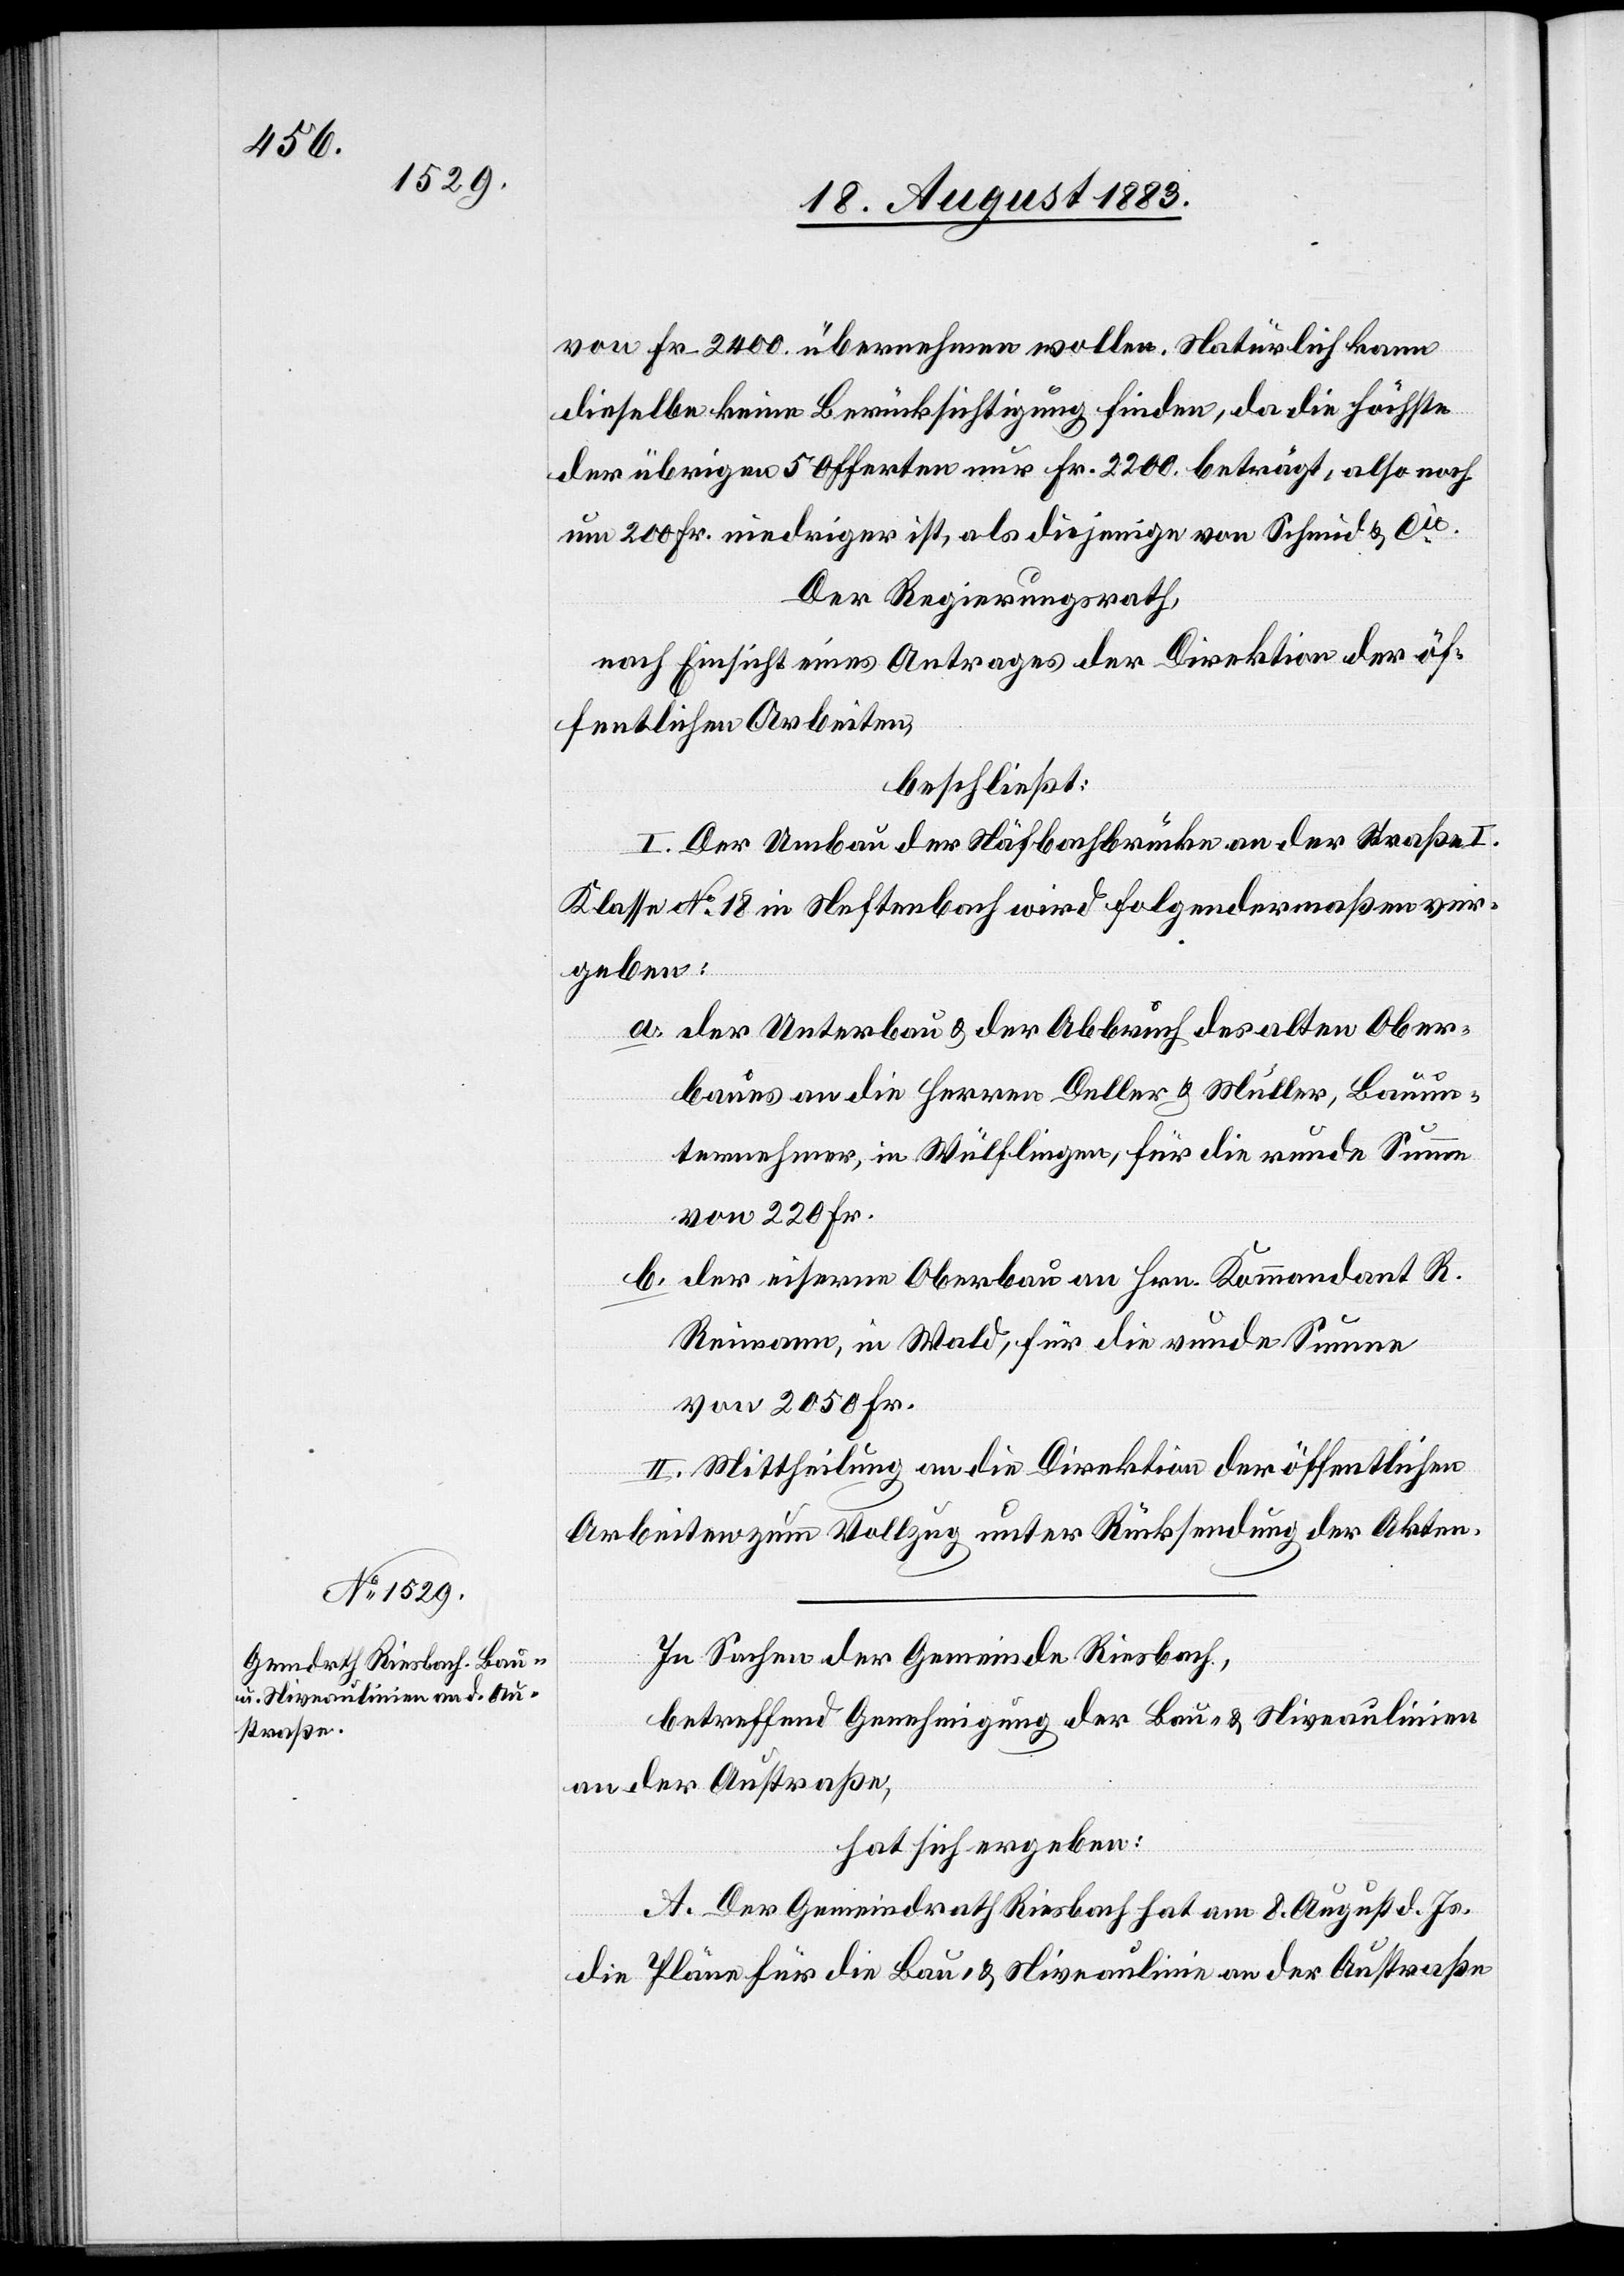
von Fr. 2400 übernehmen wolle. Natürlich kann
dieselbe keine Berücksichtigung finden, da die höchste
der übrigen 5 Offerten nur Fr. 2200 beträgt, also noch
um 200 Fr. niedriger ist, als diejenige von Schmid & Cie.
Der Regierungsrath,
nach Einsicht eines Antrages der Direktion der öf¬
fentlichen Arbeiten,
beschließt:
I. Der Umbau der Näfbachbrücke an der Straße I.
Klasse No 18 in Neftenbach wird folgendermaßen ver¬
geben:
a. der Unterbau & der Abbruch des alten Ober¬
baues an die Herren Deller & Müller, Bauun¬
ternehmer, in Wülflingen, für die runde Summe
von 220 Fr.
b. der eiserne Oberbau an Hrn. Kommandant R.
Reimann, in Wald, für die runde Summe
von 2050 Fr.
II. Mittheilung an die Direktion der öffentlichen
Arbeiten zum Vollzug unter Rücksendung der Akten.
In Sachen der Gemeinde Riesbach,
betreffend Genehmigung der Bau- & Niveaulinien
an der Austraße,
hat sich ergeben:
A. Der Gemeindrath Riesbach hat am 8. August d. Js.
die Pläne für die Bau- & Niveaulinie an der Austraße